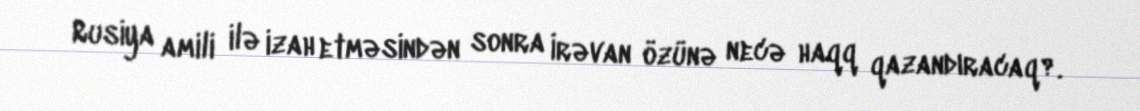
Rusiya amili ilə izah etməsindən sonra İrəvan özünə necə haqq qazandıracaq?.